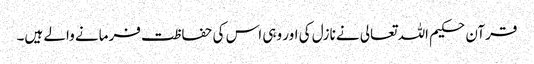
قرآن حکیم اللہ تعالی نے نازل کی اور وہی اس کی حفاظت فرمانے والے ہیں۔